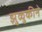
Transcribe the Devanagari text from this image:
झुळुकीने